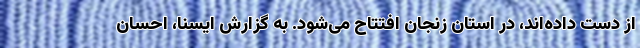
از دست داده‌اند، در استان زنجان افتتاح می‌شود. به گزارش ایسنا، احسان